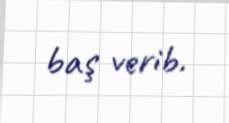
baş verib.